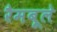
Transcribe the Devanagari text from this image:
रैमबूले